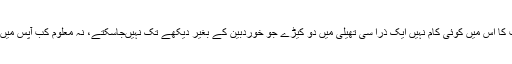
ماں کی حکمت کا اس میں کوئی کام نہیں ایک ذرا سی تھیلی میں دو کیڑے جو خوردبین کے بغیر دیکھے تک نہیںجاسکتے، نہ معلوم کب آپس میں مل جاتے ہیں۔